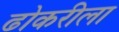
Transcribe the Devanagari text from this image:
ढोकरीला